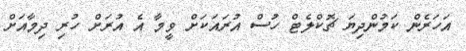
އަހަރެން ކަމުންދިޔަ ޗޮކްލެޓް ހުސް އުރައަކަށް ވީމާ އެ އުރަށް ހުރި ދިމާއަށް